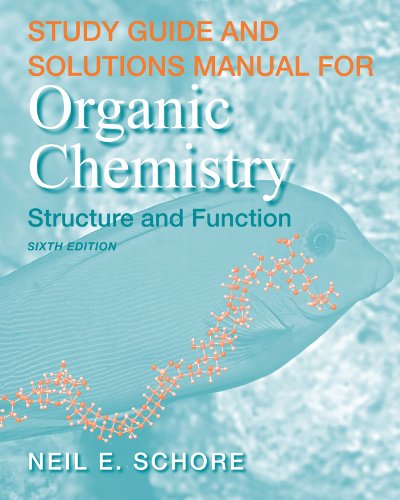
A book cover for Study Guide/Solutions Manual for Organic Chemistry; K. Peter C. Vollhardt; Science & Math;